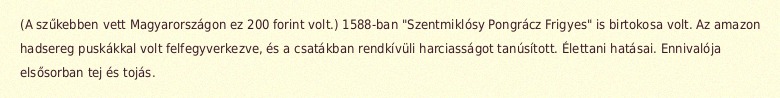
(A szűkebben vett Magyarországon ez 200 forint volt.) 1588-ban "Szentmiklósy Pongrácz Frigyes" is birtokosa volt. Az amazon hadsereg puskákkal volt felfegyverkezve, és a csatákban rendkívüli harciasságot tanúsított. Élettani hatásai. Ennivalója elsősorban tej és tojás.